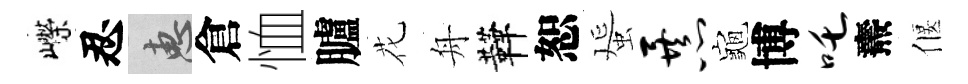
嶸忍惠倉恤臚花舟鞾恕蜑暴龜博吒燾偃